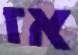
אז